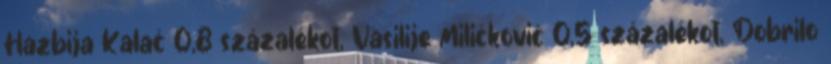
Hazbija Kalač 0,8 százalékot, Vasilije Miličković 0,5 százalékot, Dobrilo